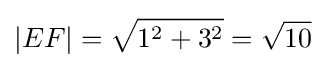
|EF|={\sqrt {1^{2}+3^{2}}}={\sqrt {10}}